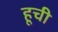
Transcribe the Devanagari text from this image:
हूची